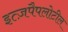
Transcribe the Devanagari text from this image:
इत्ज़पैपलोटील